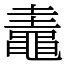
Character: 鼃